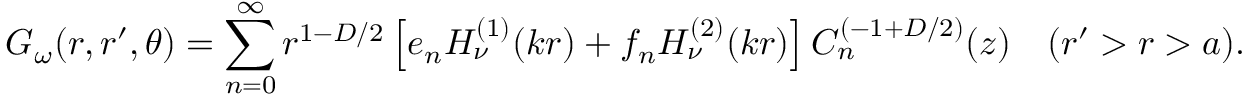
{ \cal G } _ { \omega } ( r , r ^ { \prime } , \theta ) = \sum _ { n = 0 } ^ { \infty } r ^ { 1 - D / 2 } \left[ e _ { n } H _ { \nu } ^ { ( 1 ) } ( k r ) + f _ { n } H _ { \nu } ^ { ( 2 ) } ( k r ) \right] C _ { n } ^ { ( - 1 + { D / 2 } ) } ( z ) \quad ( r ^ { \prime } > r > a ) .